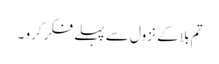
تم بلا کے نزول سے پہلے فکرِ کرو ۔